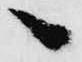
へ